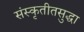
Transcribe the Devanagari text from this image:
संस्कृतीतसुद्धा